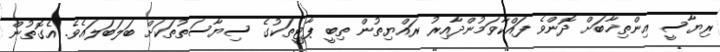
ރިޔާސީ އިންތިޚާބަށް ދޮންވެ ފައްކާވަމުންދާއިރު ރައްޔިތުން ތިބީ ޕާޓީތަކުގެ ސިޔާސަތުތަކަށް ބަލަބަލައެވެ. އެގޮތުން